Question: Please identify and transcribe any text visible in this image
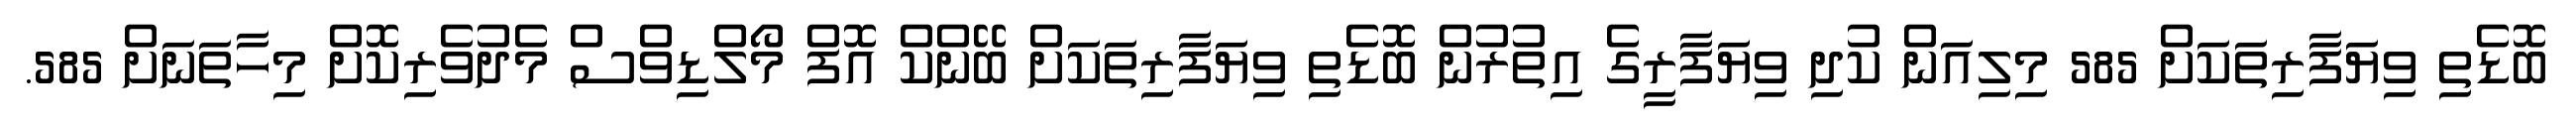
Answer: ބޮޑެތި ވިޔަފާރިތަކަށް 585 މިލިއަން ކުދި ވިޔަފާރީގެ އިތުރުން ބޮޑެތި ވިޔަފާރިތަކަށް ބޭންކް އޮފް މޯލްޑިވްސް މެދުވެރިކޮށް މިހާތަނަށް 585.